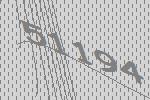
51194